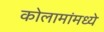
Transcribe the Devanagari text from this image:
कोलामांमध्ये